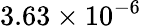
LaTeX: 3.63\times 10^{-6}